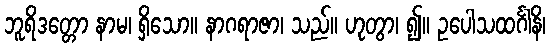
ဘူရိဒတ္တော နာမ၊ ရှိသော။ နာဂရာဇာ၊ သည်။ ဟုတွာ၊ ၍။ ဥပေါသထင်္ဂါနိ၊